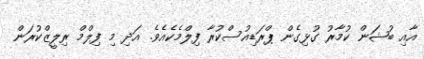
އާއި ބުޝަން ކުމާރު ގުޅިގެން ޕްރަޑިއުސްކުރާ ފިލްމެކެއެވެ. އަދި މި ފިލްމް ރިލީޒްކުރަން